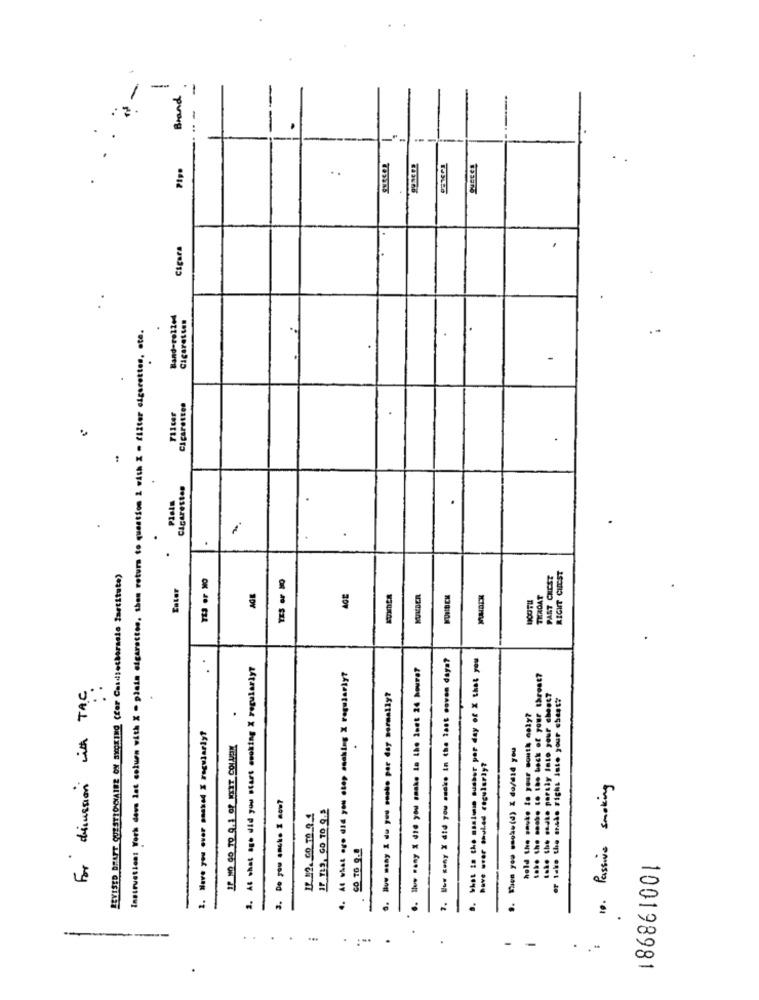
--
Brand
.
..
Cigara
Band-rolled
Cigarettes
Instruction: Work deus lat column with X - plain cigarettes, then return to question & with X - filter elgerottos, ote.
-
Cigaretton
Filter
..
Cigarettes
REVISED DRAFT QUESTIONNAIRE ON SXCKING (for Casdiecherasio lastitute)
PAST CHEST
RIGHT CHEST
Enter
AGE
NUMBER
7. Buw sony X did you suck. in the last coven daya?
what in the manin susber per day of X that you
2. At what age did you start ewoking X regularly?
At what are did you clop caching X regularly?
.. Sue wany % die you maske la the inet 24 hours?
take the ..... to the back of your throat?
For discussion with TAC.
. - - say I du you mocho per day soreally?
tole the snake porsly Into your chest?
or take the ansão right into your chest?
hold the smoke to your mouth coly?
.
1. Have you ever masked & regularly?
9.1 you .... (d) I do/did you
have over thuled reçuluriy?
10. Passive smoking
3. Do you anche I now?
4.
2.
.
..
.
-
.
100198981